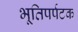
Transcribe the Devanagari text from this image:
भूतिपर्पटक